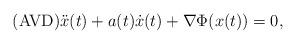
LaTeX: \begin{align*}\mbox{(AVD)} \ddot{x}(t) + a(t) \dot{x}(t) + \nabla \Phi (x(t)) = 0,\end{align*}